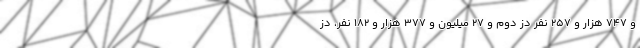
و ۷۴۷ هزار و ۲۵۷ نفر دُز دوم و ۲۷ میلیون و ۳۷۷ هزار و ۱۸۲ نفر، دُز